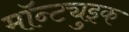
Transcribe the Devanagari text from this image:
मॉन्ट्युइक